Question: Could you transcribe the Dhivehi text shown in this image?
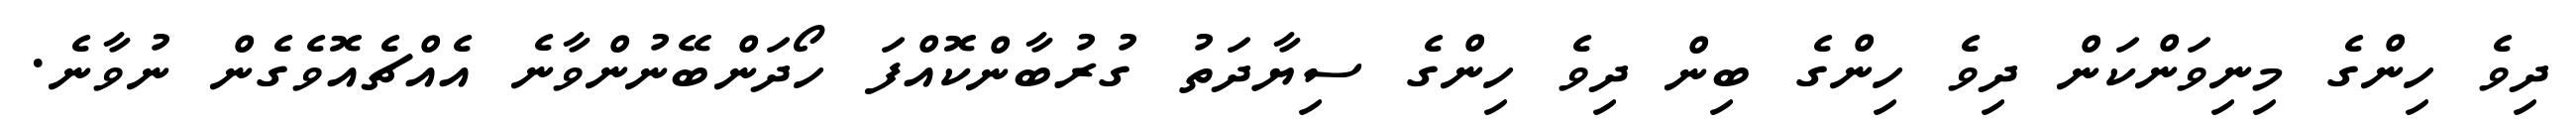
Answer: ދިވެ ހިންގެ މިނިވަންކަން ދިވެ ހިންގެ ބިން ދިވެ ހިންގެ ސިޔާދަތު ގުރުބާންކޮއްފަ ހޯދަންބޭނުންވާނެ އެއްޗެއޮވެގެން ނުވާނެ.